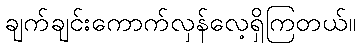
ချက်ချင်းကောက်လှန်လေ့ရှိကြတယ်။